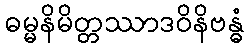
ဓမ္မနိမိတ္တဿာဒဝိနိဗန္ဓံ